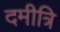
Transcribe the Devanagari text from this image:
दमीत्रि